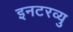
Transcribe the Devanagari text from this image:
इनटरव्यु